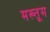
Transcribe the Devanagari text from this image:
मख्तूम